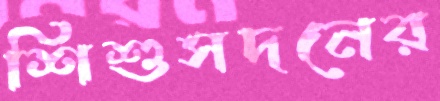
শিশুসদনের